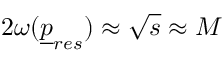
2 \omega ( { \underline { { p } } } _ { r e s } ) \approx \sqrt s \approx M